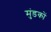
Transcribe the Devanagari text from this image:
मुंडकों